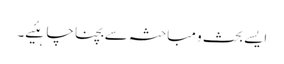
ایسے بحث و مباحثہ سے بچنا چاہئیے۔